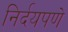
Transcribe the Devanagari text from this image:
निर्दयपणे